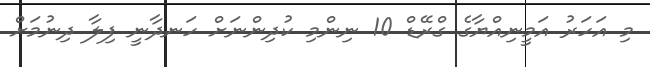
މި އަހަރު އަމީނިއްޔާގެ ގްރޭޑް 10 ނިންމި ކުދިންނަށް ހަނދާނީ ފިލާ ދިނުމަށް